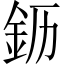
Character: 𬫂